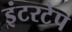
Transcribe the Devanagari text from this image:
इंटरटेप